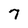
Character: 7